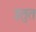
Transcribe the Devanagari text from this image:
इतुत